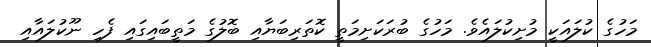
މަހުގެ ކުލައަކީ މުށިކުލައެވެ. މަހުގެ ބުރަކަށިމަތީ ކޮތަރިބަޔާއި ބޮލުގެ މަތީބައިގައި ފެހި ނޫކުލައާއި